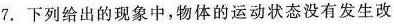
7.下列给出的现象中，物体的运动状态没有发生改